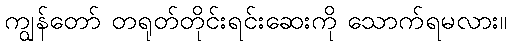
ကျွန်တော် တရုတ်တိုင်းရင်းဆေးကို သောက်ရမလား။